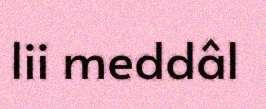
lii meddâl